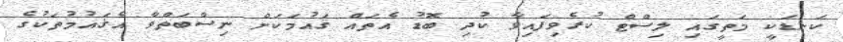
ކަނޑަކީ މަތީގައި ލިސްޓް ކުރެވިފައިވާ ކުދި ބޮޑު އެތައް ޤައުމަކަށް ނިސްބަތްވާ އެޤައުމުތަކުގެ